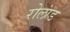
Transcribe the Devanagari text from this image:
रोलांड